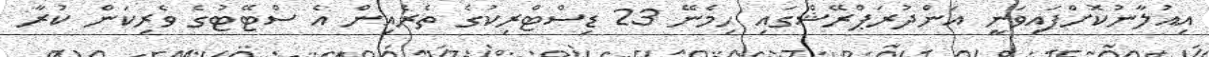
އިއުލާނުކޮށްފައިވަނީ އަންދުރަޕްރޭޝްގައި ހިމެނޭ 23 ޑިސްޓްރިކުގެ ތެރެއިން އެ ސްޓޭޓުގެ ވެރިކަން ކުރާ